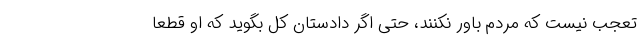
تعجب نیست که مردم باور نکنند، حتی اگر دادستان کل بگوید که او قطعاً